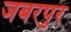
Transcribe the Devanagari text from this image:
जबरपुर